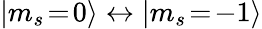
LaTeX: |m_{s}\! =\! 0\rangle\leftrightarrow|m_{s}\! =\! -1\rangle